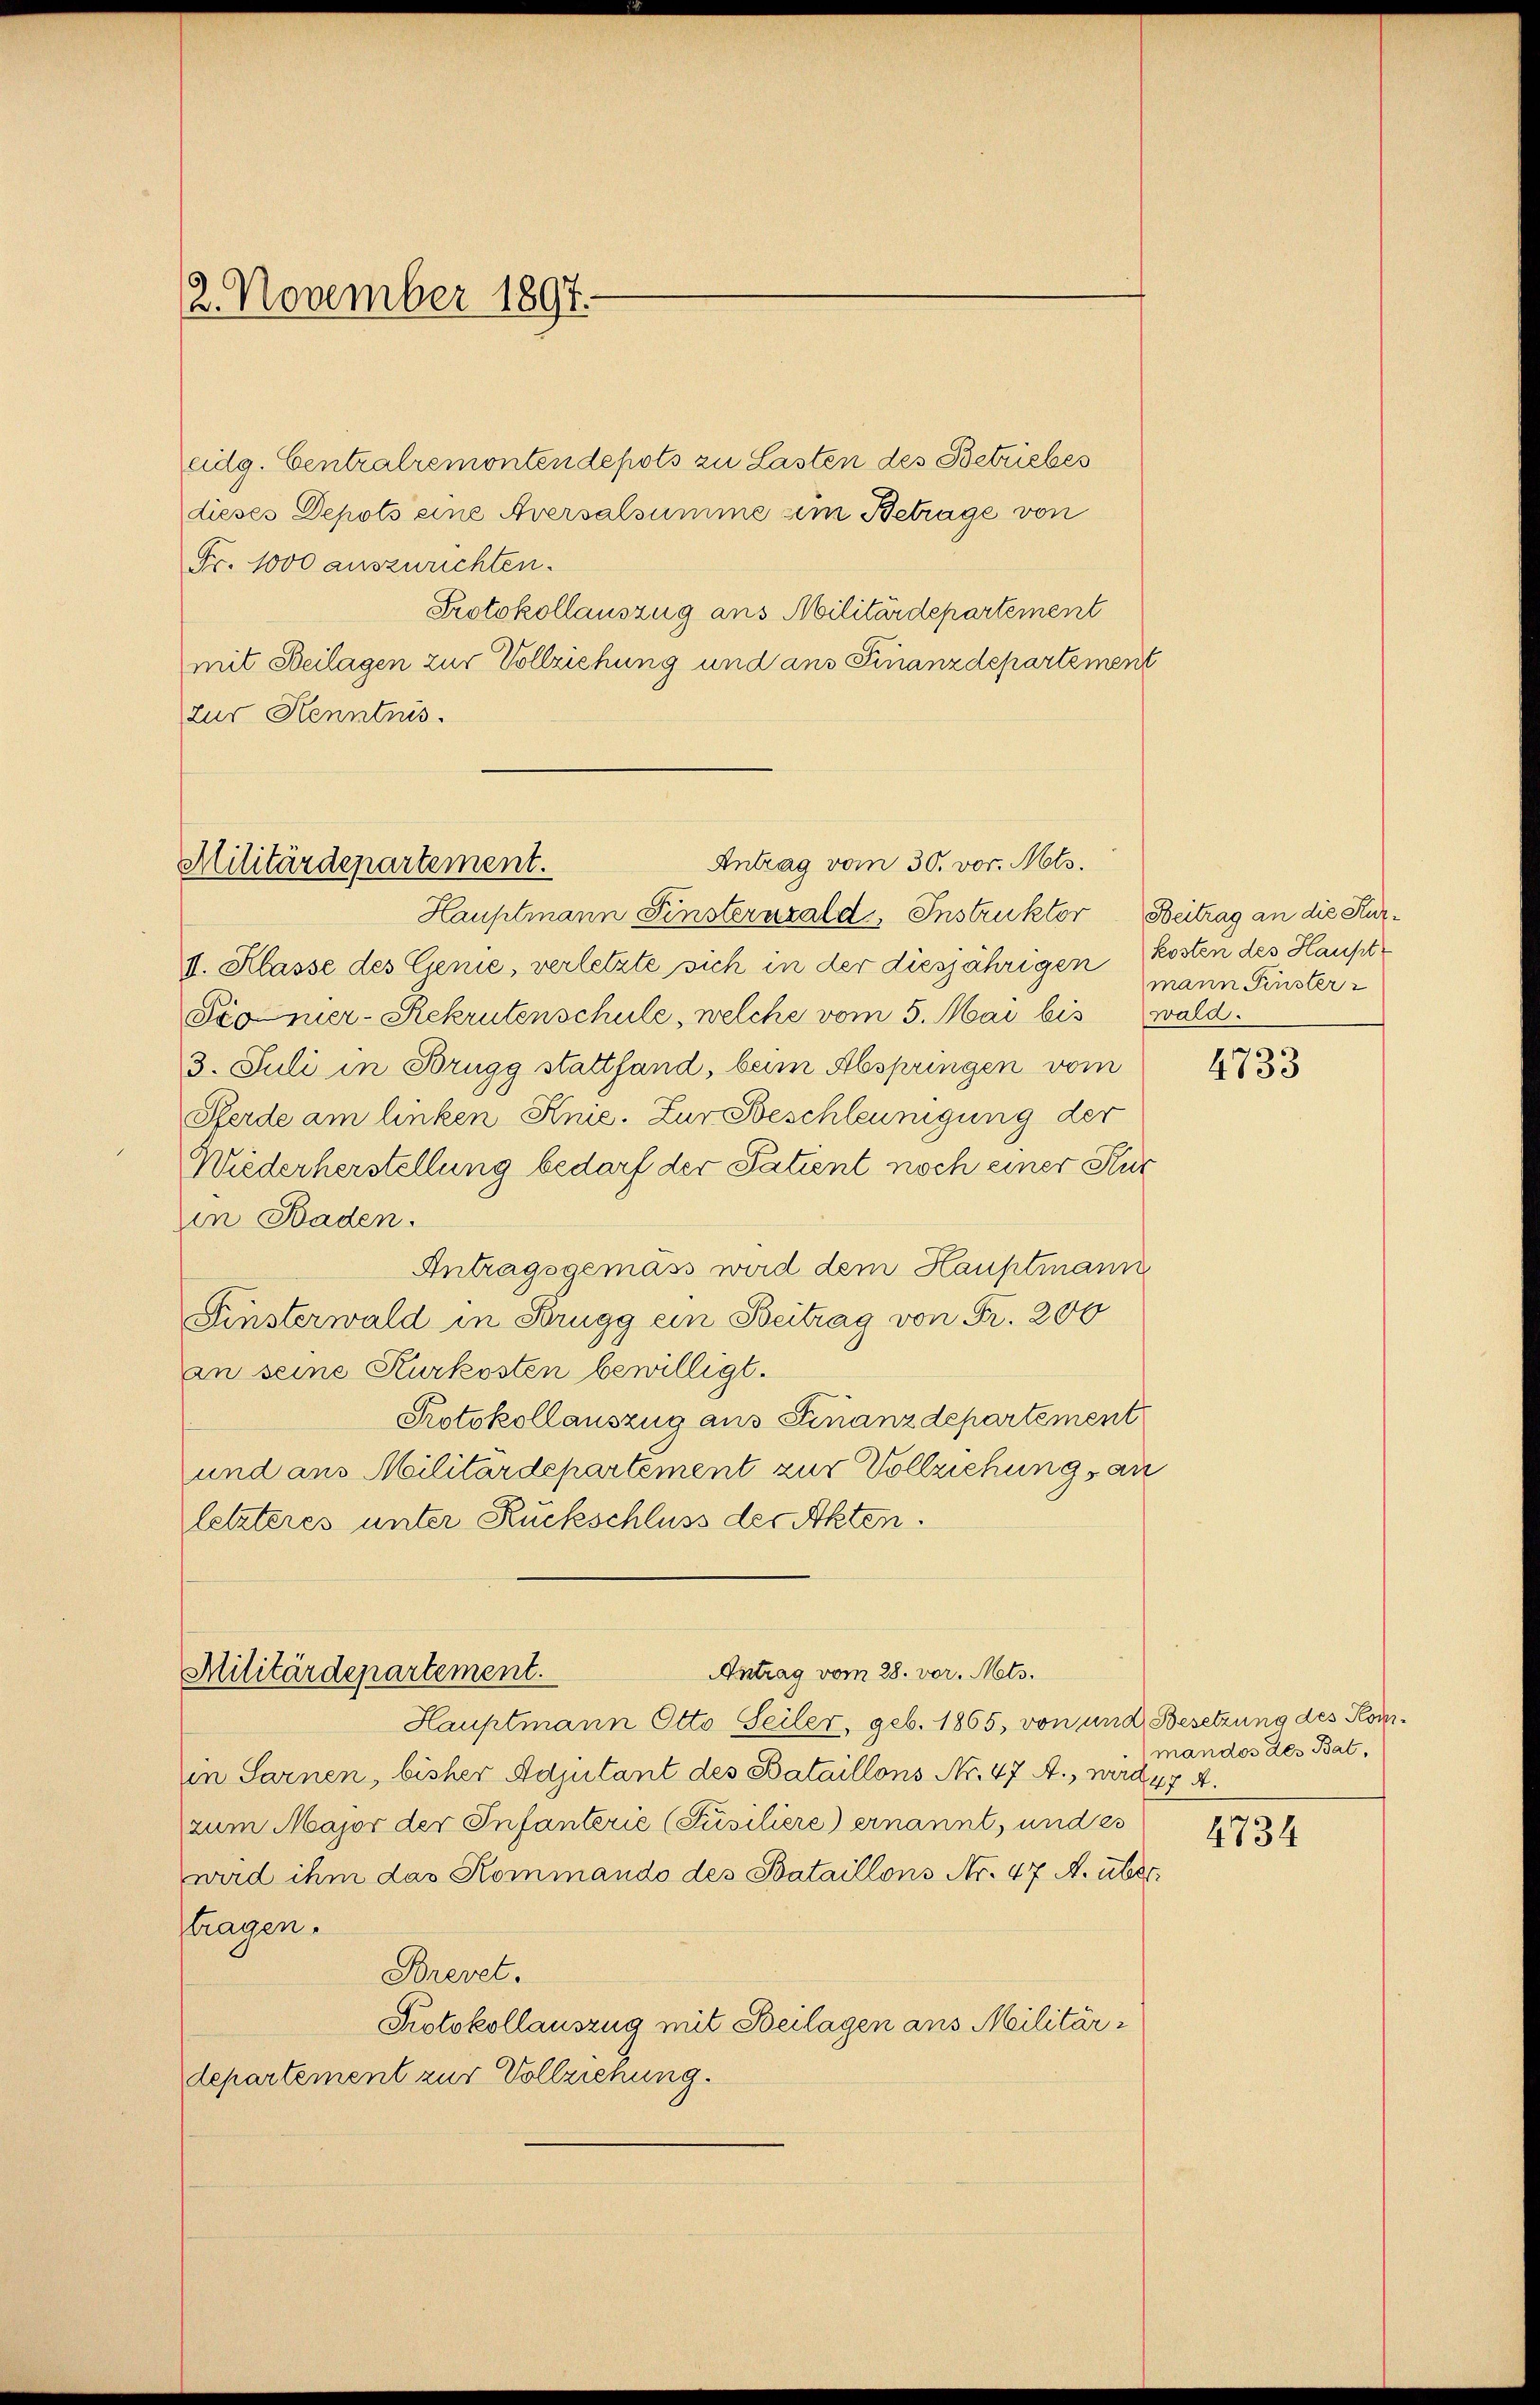
2. November 1897.

eidg. Centralremontendepots zu Lasten des Betriebes
dieses Depots eine Aversalsumme um Betrage von
Fr. 1000 auszurichten.
Protokollauszug aus Militärdepartement
mit Beilagen zur Vollziehung und ans Finanzdepartement
zur Kenntnis.

Antrag vom 30. vor. Mts.
Militärdepartement.

Hauptmann Finsternzald, Instruktor Beitrag an die Kur¬
1. Klasse des Genie, verletzte sich in der diesjährigen Kosten des Haupt¬
Pionier- Rekrutenschule, welche vom 5. Mai bis ald
3. Juli in Brugg stattfand, beim Abspringen vom
Sferde am linken Knie. Zur Beschleunigung der
Wiederherstellung bedarf der Patient noch einer Stur
in Baden.
Antragsgemäss wird dem Hauptmann
Finsterwald in Brugg ein Beitrag von Fr. 206
an seine Kurkosten bewilligt.
Protokollauszug aus Finanzdepartement
und aus Militärdepartement zur Vollziehung an
letzteres unter Rückschluss der Akten.

Antrag vom 28. vor. Mts.
Militärdepartement.

Hauptmann Otto Seiler, geb. 1865, von und Besetzung des Komin Sarnen, bisher Adjutant des Bataillons Nr. 47 A., wird 147 A
zum Major der Infanterie (Füsiliere) ernannt, und es
wird ihm das Kommando des Bataillons Nr. 47 A. über
tragen.
Brevet.
Protokollauszug mit Beilagen aus Militärdepartement zur Vollziehung.

mann Finster

4733

mandos des Bat.

4734